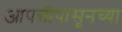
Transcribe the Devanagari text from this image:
आपत्तींपासूनच्या